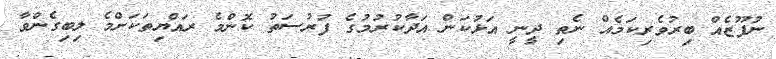
ނުފޫޒެއް ބިރުވެރިކަމެއް ނެތި ދީނީ އަޅުކަން އަދާކުރުމުގެ ފުރުސަތު ކޮންމެ ރައްޔިތަކަށްމެ ލިބިގެންވާ